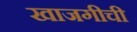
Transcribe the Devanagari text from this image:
खाजगीची